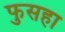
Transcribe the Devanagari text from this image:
फुसहा